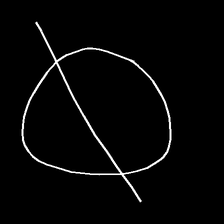
Glyph: orb